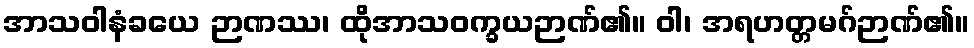
အာသဝါနံခယေ ဉာဏဿ၊ ထိုအာသဝက္ခယဉာဏ်၏။ ဝါ၊ အရဟတ္တမဂ်ဉာဏ်၏။